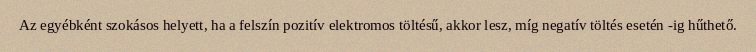
Az egyébként szokásos helyett, ha a felszín pozitív elektromos töltésű, akkor lesz, míg negatív töltés esetén -ig hűthető.